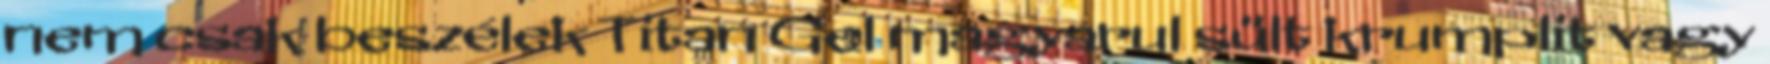
nem csak beszélek Titan Gel magyarul sült krumplit vagy